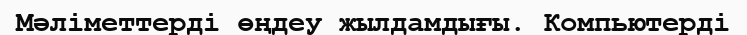
Мәліметтерді өңдеу жылдамдығы. Компьютерді